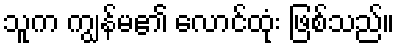
သူက ကျွန်မ၏ လောင်ထုံး ဖြစ်သည်။